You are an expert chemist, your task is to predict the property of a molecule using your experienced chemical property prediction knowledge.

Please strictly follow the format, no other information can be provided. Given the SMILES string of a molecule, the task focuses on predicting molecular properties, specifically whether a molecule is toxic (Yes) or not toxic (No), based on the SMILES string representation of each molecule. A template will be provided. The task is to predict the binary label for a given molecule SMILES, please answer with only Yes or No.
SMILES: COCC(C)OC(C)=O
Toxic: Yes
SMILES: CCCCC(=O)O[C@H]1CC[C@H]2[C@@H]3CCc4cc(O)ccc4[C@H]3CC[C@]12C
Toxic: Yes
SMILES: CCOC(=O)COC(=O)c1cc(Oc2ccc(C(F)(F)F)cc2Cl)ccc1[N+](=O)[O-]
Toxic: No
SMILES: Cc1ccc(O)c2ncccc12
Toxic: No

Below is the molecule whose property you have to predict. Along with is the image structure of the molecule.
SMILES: [Be+2]
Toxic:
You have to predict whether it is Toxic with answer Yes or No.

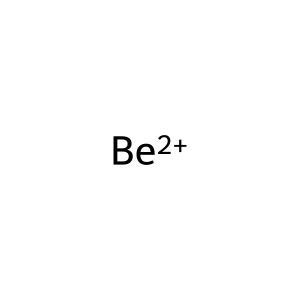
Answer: No